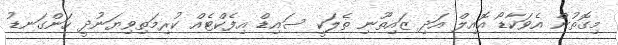
މިގޮތުން އެވަކާޑޯ އޮއިލް އަދި ޒައިތޫނި ތެލަކީ ސައިޑް އިފެކްޓެއް ކުރިމަތިވިޔަނުދީ ހަންގަނޑު